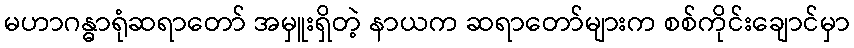
မဟာဂန္ဓာရုံဆရာတော် အမှူးရှိတဲ့ နာယက ဆရာတော်များက စစ်ကိုင်းချောင်မှာ